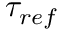
\tau _ { r e f }